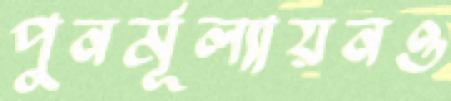
পুনর্মূল্যায়নও